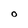
Character: O